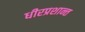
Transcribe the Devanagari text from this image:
धीरप्रशान्त